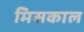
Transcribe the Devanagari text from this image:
मिसकाल